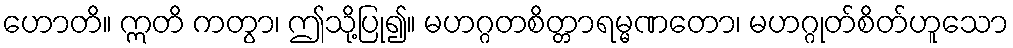
ဟောတိ။ ဣတိ ကတွာ၊ ဤသို့ပြု၍။ မဟဂ္ဂတစိတ္တာရမ္မဏတော၊ မဟဂ္ဂုတ်စိတ်ဟူသော